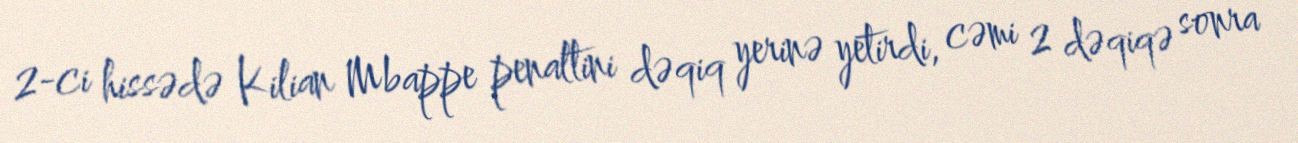
2-ci hissədə Kilian Mbappe penaltini dəqiq yerinə yetirdi, cəmi 2 dəqiqə sonra